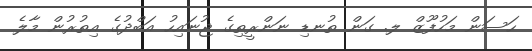
ހަސަން މަހުފޫޒް ލ. ގަން ތުނޑި ނަންރީތިގެ ޖުނައިހު އަބްދުގެ އިތުރުން މާލެ